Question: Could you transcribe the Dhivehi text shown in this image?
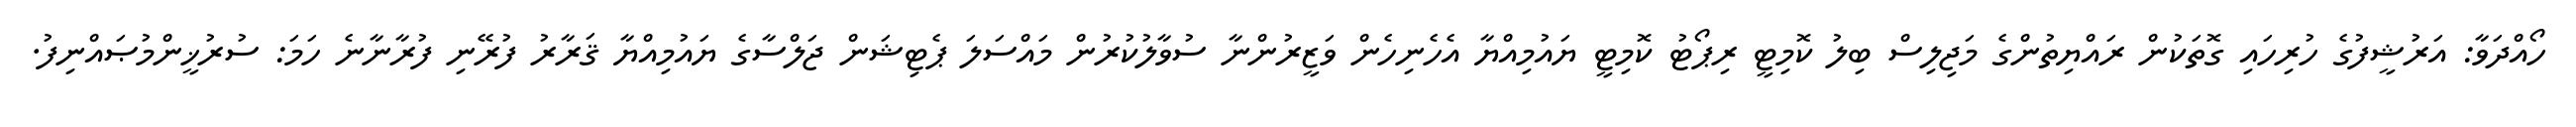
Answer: ހޯއްދަވާ: އަރުޝީފުގެ ހުރިހައި ގޮތަކުން ރައްޔިތުންގެ މަޖިލިސް ބިލު ކޮމިޓީ ރިޕޯޓު ކޮމިޓީ ޔައުމިއްޔާ އެހެނިހެން ވަޒީރުންނާ ސުވާލުކުރުން މައްސަލަ ޕެޓިޝަން ޖަލްސާގެ ޔައުމިއްޔާ ޤަރާރު ފުރޭނި ފުރާނާނެ ހަމަ: ސުރުޚީންމުޞައްނިފު.